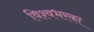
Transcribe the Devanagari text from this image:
विश्वभरका